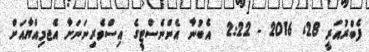
ފެބްރުއަރީ 28